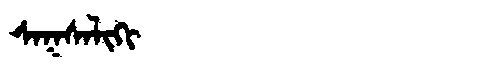
Manchu: ᠰᠠᡴᠰᠠᠯᡳᡴᡳ
Romanization: SAKSALIKI